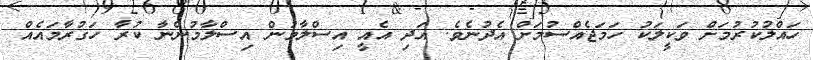
ހައްލުކުރުމަށް ވަކީލަކު ހަމަޖެއްސުމަށް އެދުނެވެ. އަދި އެއީ އިސްލާމުން އިސްލާމުންނާ ކުރާ ހަގުރާމައެއް